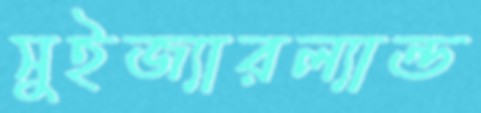
সুইজ্যারল্যান্ড